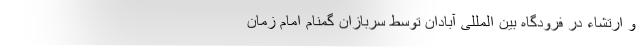
و ارتشاء در فرودگاه بین المللی آبادان توسط سربازان گمنام امام زمان